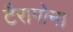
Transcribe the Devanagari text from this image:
टैरागोना